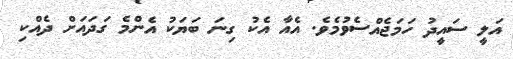
އަލީ ސައީދު ހަމަޖެއްސެވުމެވެ. އެއާ އެކު ގިނަ ބަޔަކު އެންމެ ގަދައަށް ދެއްކި